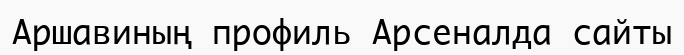
Аршавиның профиль Арсеналда сайты